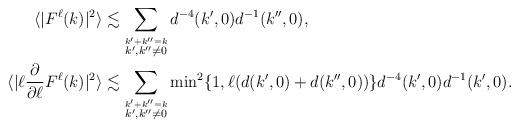
LaTeX: \begin{align*}\langle|F^\ell(k)|^2\rangle&\lesssim \sum_{\stackrel{k'+k''=k}{k',k''\not=0}}d^{-4}(k',0)d^{-1}(k'',0),\\\langle|\ell\frac{\partial}{\partial \ell} F^\ell(k)|^2\rangle&\lesssim\sum_{\stackrel{k'+k''=k}{k',k''\not=0}}{\min}^2 \{1,\ell(d(k',0)+d(k'',0))\} d^{-4}(k',0)d^{-1}(k',0).\end{align*}